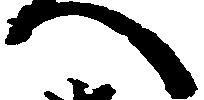
へ